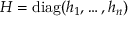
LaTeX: H = \operatorname { d i a g } ( h _ { 1 } , \dots , h _ { n } )